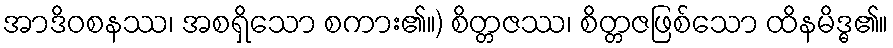
အာဒိဝစနဿ၊ အစရှိသော စကား၏။) စိတ္တဇဿ၊ စိတ္တဇဖြစ်သော ထိနမိဒ္ဓ၏။